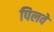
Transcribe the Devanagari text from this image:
पिलवे